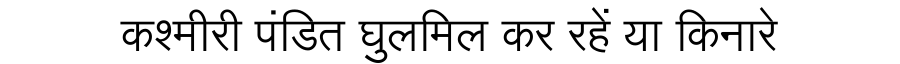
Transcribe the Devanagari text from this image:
कश्मीरी पंडित घुलमिल कर रहें या किनारे